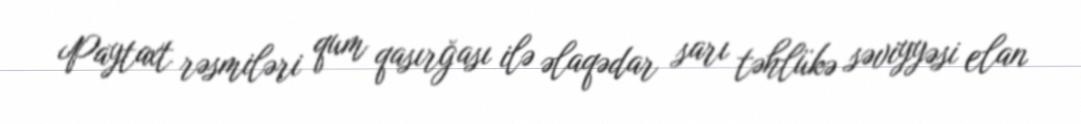
Paytaxt rəsmiləri qum qasırğası ilə əlaqədar sarı təhlükə səviyyəsi elan